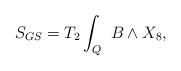
LaTeX: \begin{align*}S_{GS}=T_2\int_{Q}\ B \wedge X_8,\end{align*}